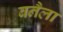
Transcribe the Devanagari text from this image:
बनैला